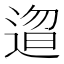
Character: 𬨰